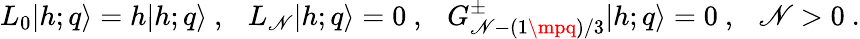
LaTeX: L_{0}\vert{h;q}\rangle=h\vert{h;q}\rangle{}~,{}~{}~{}~L_{\mathscr{N}}\vert{h;q}\rangle=0{}~,{}~{}~{}~G_{\mathscr{N}-(1\mpq)/3}^{\pm}\vert{h;q}\rangle=0{}~,{}~{}~{}~\mathscr{N}>0{}~.